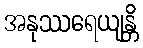
အနုဿရေယျန္တိ